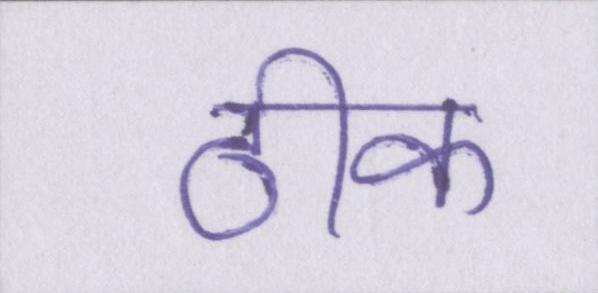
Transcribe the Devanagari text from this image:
ठीक